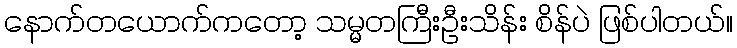
နောက်တယောက်ကတော့ သမ္မတကြီးဦးသိန်း စိန်ပဲ ဖြစ်ပါတယ်။